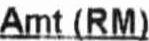
AMT (RM)